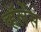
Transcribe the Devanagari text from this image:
व्हॅलेंस